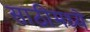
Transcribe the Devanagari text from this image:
साठीमध्ये